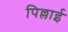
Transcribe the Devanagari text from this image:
पिल्लाई